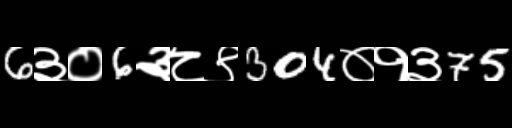
Text: 6३०6३८९304०१३75